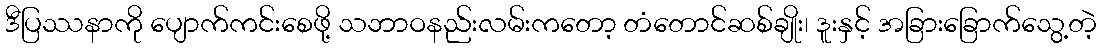
ဒီပြဿနာကို ပျောက်ကင်းစေဖို့ သဘာဝနည်းလမ်းကတော့ တံတောင်ဆစ်ချိုး၊ ဒူးနှင့် အခြားခြောက်သွေ့တဲ့